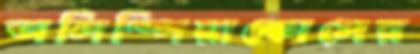
অলিম্পিয়াকোসের